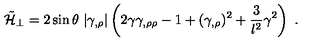
\tilde { { \cal H } } _ { \perp } = 2 \sin \theta \ | \gamma _ { , \rho } | \left( 2 \gamma \gamma _ { , \rho \rho } - 1 + ( \gamma _ { , \rho } ) ^ { 2 } + \frac { 3 } { l ^ { 2 } } \gamma ^ { 2 } \right) \ .